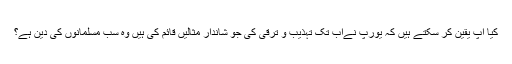
کیا آپ یقین کر سکتے ہیں کہ یورپ نےاب تک تہذیب و ترقی کی جو شاندار مثالیں قائم کی ہیں وہ سب مسلمانوں کی دین ہے؟